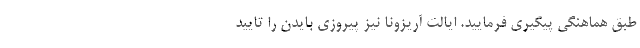
طبق هماهنگی پیگیری فرمایید. ایالت آریزونا نیز پیروزی بایدن را تایید